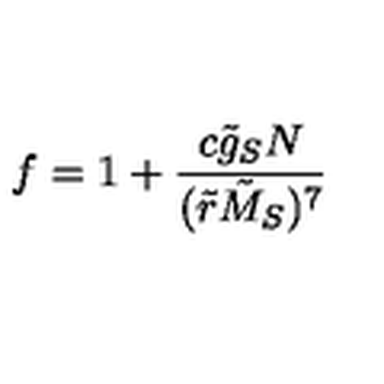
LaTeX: f = 1 + { \frac { c \tilde { g } _ { S } N } { ( \tilde { r } \tilde { M } _ { S } ) ^ { 7 } } }